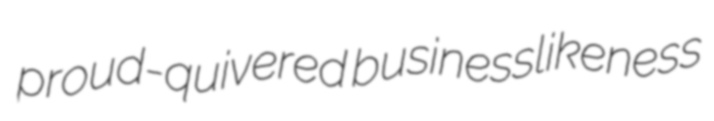
proud-quivered businesslikeness